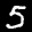
Label: 5